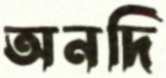
অনদি